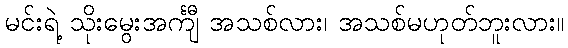
မင်းရဲ့ သိုးမွေးအင်္ကျီ အသစ်လား၊ အသစ်မဟုတ်ဘူးလား။